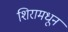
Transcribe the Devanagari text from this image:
शिरामधून